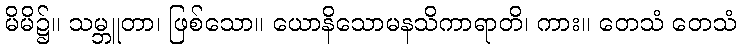
မိမိ၌။ သမ္ဘူတာ၊ ဖြစ်သော။ ယောနိသောမနသိကာရာတိ၊ ကား။ တေသံ တေသံ